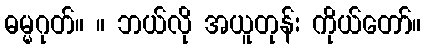
ဓမ္မဂုတ်။ ။ ဘယ်လို အယူတုန်း ကိုယ်တော်။